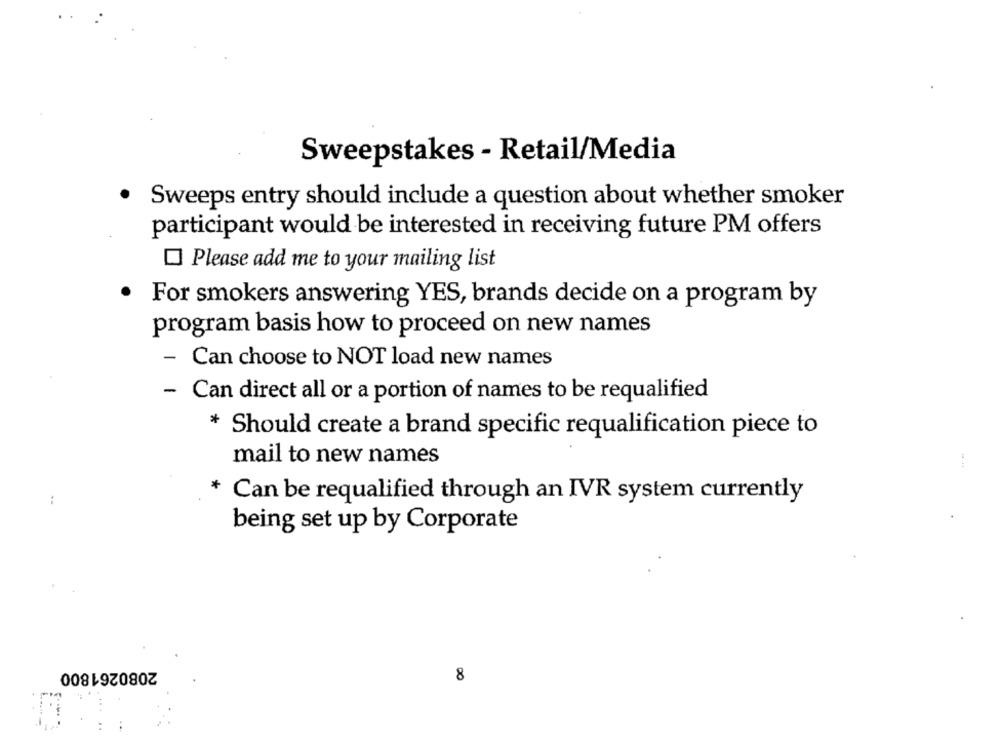
Sweepstakes - Retail/Media
.
Sweeps entry should include a question about whether smoker
participant would be interested in receiving future PM offers
Please add me to your mailing list
For smokers answering YES, brands decide on a program by
program basis how to proceed on new names
- Can choose to NOT load new names
- Can direct all or a portion of names to be requalified
* Should create a brand specific requalification piece to
mail to new names
:
Can be requalified through an IVR system currently
being set up by Corporate
2080261800
8